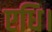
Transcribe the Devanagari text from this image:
एधि।